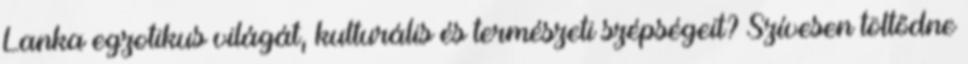
Lanka egzotikus világát, kulturális és természeti szépségeit? Szívesen töltődne